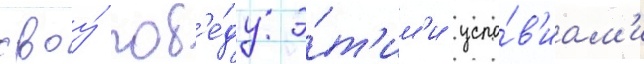
своу́ поб'е́ду э́т'им'и усло́в'иам'и